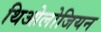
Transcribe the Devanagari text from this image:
थिओलोजियन